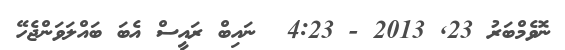
ނޮވެމްބަރު 23